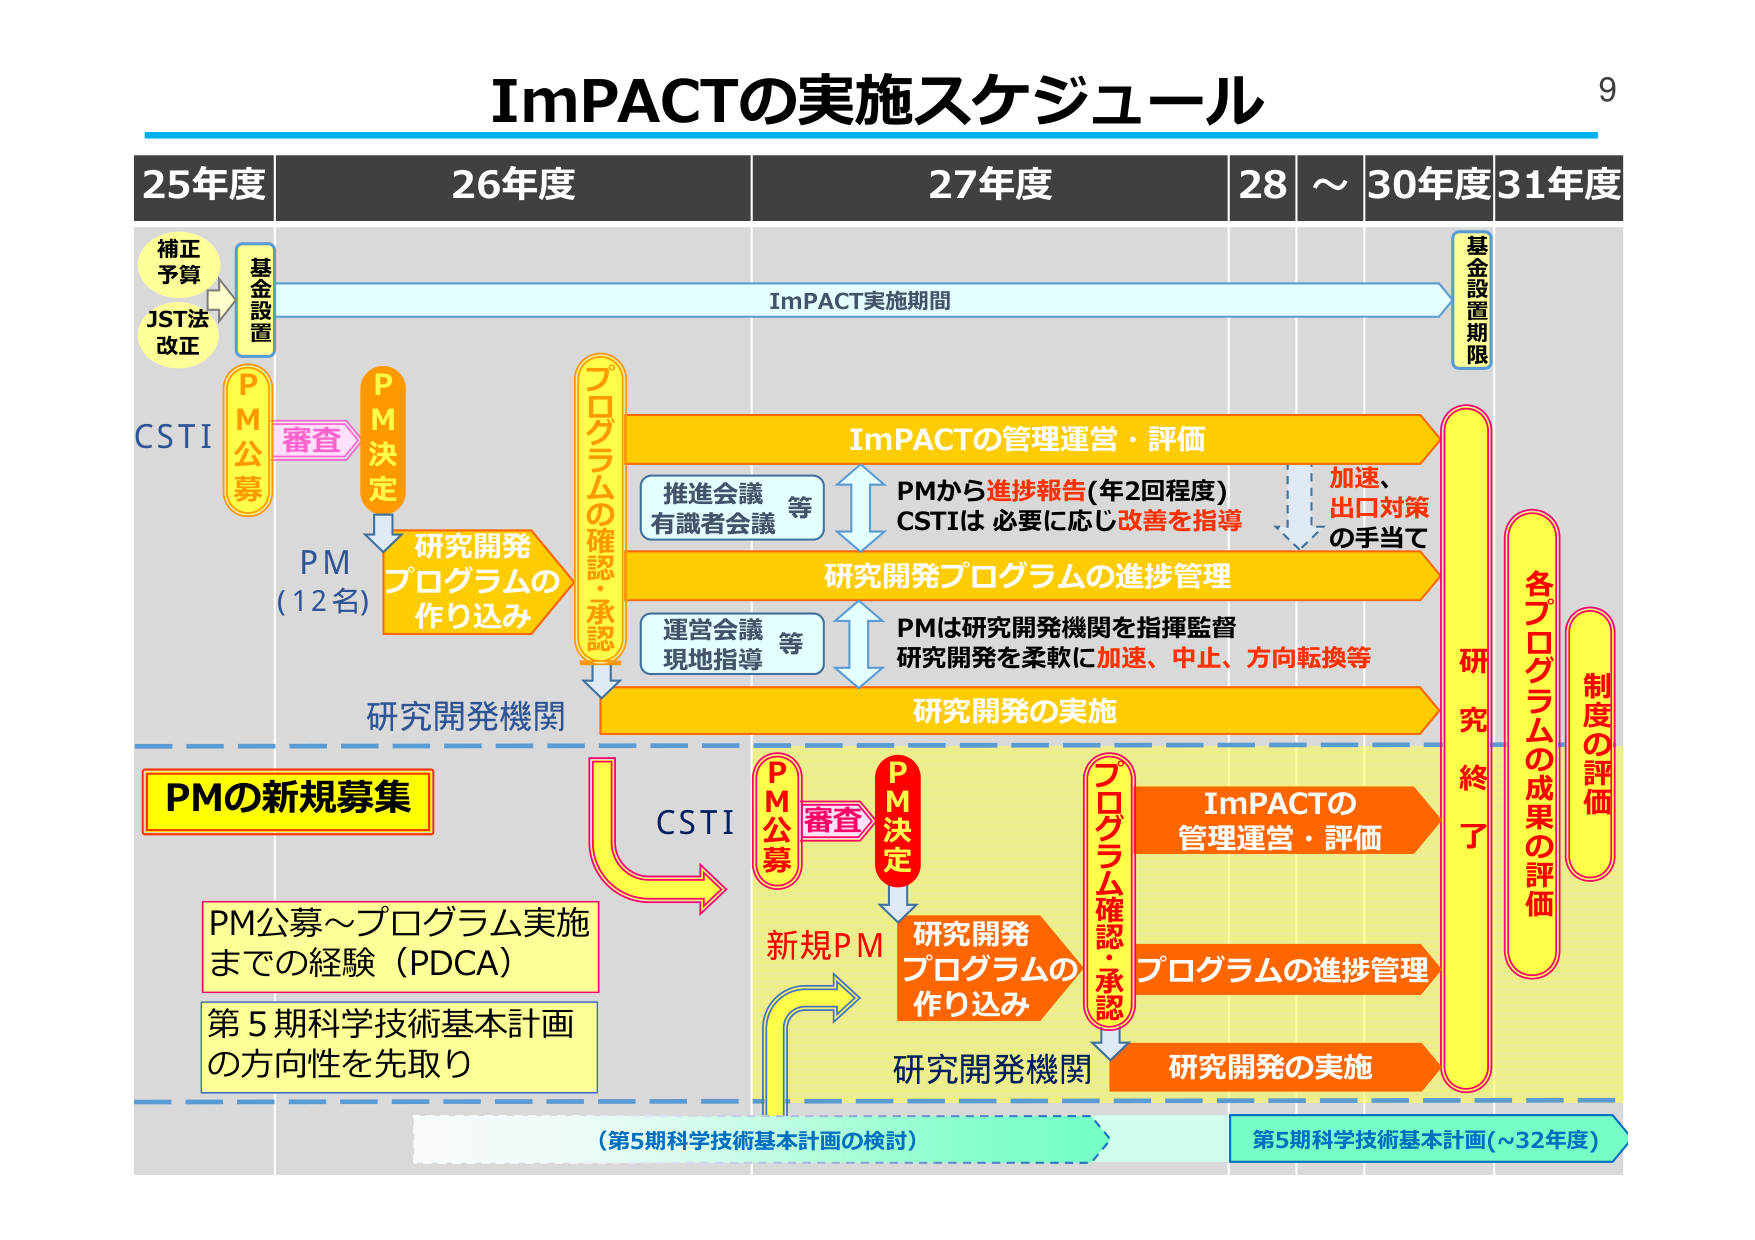
ImPACTの実施スケジュール

25年度　26年度　27年度　28～30年度　31年度

補正予算
JST法改正

基金設置

ImPACT実施期間

基金設置期限

CSTI

PM公募
審査
PM決定

PM
(12名)

研究開発
プログラムの
作り込み

プログラムの確認・承認

ImPACTの管理運営・評価

推進会議　等
有識者会議　等

PMから進捗報告（年2回程度）
CSTIは　必要に応じ改善を指導

加速、
出口対策
の手当て

研究開発プログラムの進捗管理

運営会議　等
現地指導　等

PMは研究開発機関を指揮監督
研究開発を柔軟に加速、中止、方向転換等

研究開発の実施

研究開発機関

PMの新規募集

PM公募～プログラム実施
までの経験（PDCA）

第5期科学技術基本計画
の方向性を先取り

CSTI

PM公募
審査
PM決定

新規PM

研究開発
プログラムの
作り込み

プログラム確認・承認

研究開発機関

ImPACTの
管理運営・評価

プログラムの進捗管理

研究開発の実施

研究終了

各プログラムの成果の評価

制度の評価

（第5期科学技術基本計画の検討）

第5期科学技術基本計画（～32年度）